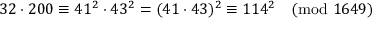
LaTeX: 3 2 \cdot 2 0 0 \equiv 4 1 ^ { 2 } \cdot 4 3 ^ { 2 } = ( 4 1 \cdot 4 3 ) ^ { 2 } \equiv 1 1 4 ^ { 2 } { \pmod { 1 6 4 9 } }